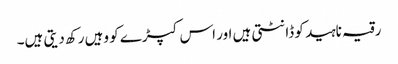
رقیہ ناہید کو ڈانٹتی ہیں اور اس کپڑے کو وہیں رکھ دیتی ہیں۔